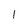
Character: I